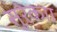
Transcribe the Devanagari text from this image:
सुरेकाा